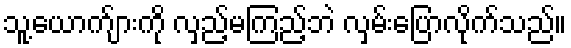
သူ့ယောက်ျားကို လှည့်မကြည့်ဘဲ လှမ်းပြောလိုက်သည်။